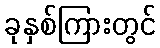
ခုနှစ်ကြားတွင်